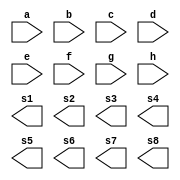
//------------------------------------
// Extra01
// Jorge Luis dos Santos Leal
// Matrcula: 417466
// 08/2011
//------------------------------------
module extra01(input a,input b,input c,input d,input e,input f,input g,input h,output s1,output s2,output s3,output s4,output s5,output s6,output s7,output s8);
endmodule

module testextra;
//----Definir dados
reg a,b,c,d,e,f,g,h;
wire s;

not NOT01(s1,a);
not NOT02(s2,b);
not NOT03(s3,c);
not NOT04(s4,d);
not NOT05(s5,e);
not NOT06(s6,f);
not NOT07(s7,g);
not NOT08(s8,h);


//----Parte principal

initial begin:start

a=0;b=0;c=0;d=0;e=0;f=0;g=0;h=0;

end

initial begin:main
$display("Extra01 - Jorge Luis dos Santos Leal");
$display("Matricula: 417466");
$display("Complemento de 1");
$monitor("%b %b %b %b %b %b %b %b = %b %b %b %b %b %b %b %b",a,b,c,d,e,f,g,h,s1,s2,s3,s4,s5,s6,s7,s8);

#1 a=0;b=0;c=1;d=0;e=1;f=0;g=1;h=0;
#1 a=1;b=0;c=1;d=0;e=1;f=0;g=1;h=0;
#1 a=1;b=1;c=1;d=0;e=0;f=0;g=0;h=0;
#1 a=1;b=1;c=1;d=1;e=1;f=1;g=1;h=1;
    
end
endmodule // Extra01


/*
TESTE
    Exercicio 03 - Jorge Luis dos Santos Leal
    Matricula: 417466
    Complemento de 2
    
    a) 100111(2) C2= 11001(2)
    
    b) 54(8) C2= 10100(2)
    
    c) 13(10) C2= 11(2)
    
    d) 1B(16) C2= 101(2)
    
    e) 25 - 36 C2= 1011(2)
	 */